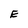
Character: E